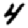
Digit: 4